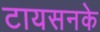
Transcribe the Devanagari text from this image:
टायसनके